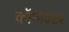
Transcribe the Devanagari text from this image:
कॉम्पैक्टर